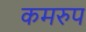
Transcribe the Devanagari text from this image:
कमरुप